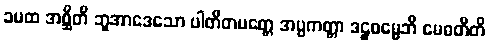
ခမထ အစ္ဆီတိ ဘူအာဒေသော ပါတိတမတ္တေ အပ္ပကတ္တာ ဒဠှဓမ္မေဘိ မေဓတီတိ